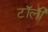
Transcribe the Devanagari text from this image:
टॉली